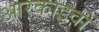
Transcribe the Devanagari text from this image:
आरकाइवों